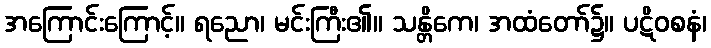
အကြောင်းကြောင့်။ ရညော၊ မင်းကြီး၏။ သန္တိကေ၊ အထံတော်၌။ ပဋိဝစနံ၊